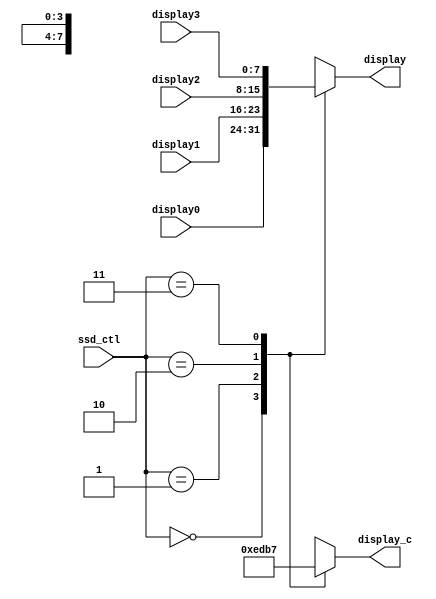
`timescale 1ns / 1ps
//////////////////////////////////////////////////////////////////////////////////
// Company: 
// Engineer: 
// 
// Design Name: 
// Module Name: SSD_CTL
// Project Name: 
// Target Devices: 
// Tool Versions: 
// Description: 
// 
// Dependencies: 
// 
// Revision:
// Revision 0.01 - File Created
// Additional Comments:
// 
//////////////////////////////////////////////////////////////////////////////////


module ssd_ctl(
     display0,
     display1,
     display2,
     display3,
     ssd_ctl,
     display,
     display_c
    );
    input [7:0] display0;
    input [7:0] display1;
    input [7:0] display2;
    input [7:0] display3;
    input [1:0] ssd_ctl;
    output reg [7:0] display;
    output reg [3:0] display_c;
    
    always@*
        case(ssd_ctl)
            2'b00 : display <= display0;
            2'b01 : display <= display1;
            2'b10 : display <= display2;
            2'b11 : display <= display3;
            default : display = 8'b1111_1111;
        endcase
        
    always@(ssd_ctl)
        case(ssd_ctl)
            2'b00 : display_c = 4'b1110;
            2'b01 : display_c = 4'b1101;
            2'b10 : display_c = 4'b1011;
            2'b11 : display_c = 4'b0111;
            default : display_c = 4'b1111;
        endcase
endmodule